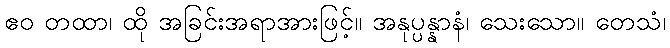
ဧဝ တထာ၊ ထို အခြင်းအရာအားဖြင့်။ အနုပ္ပန္နာနံ၊ သေးသော။ တေသံ၊